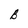
Character: B